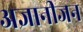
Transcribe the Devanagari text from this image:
अज्ञानीजन